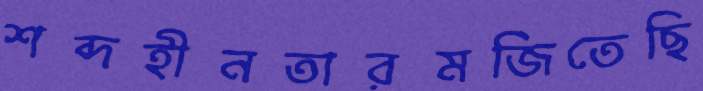
শব্দহীনতারমজিতেছি